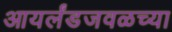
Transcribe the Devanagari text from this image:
आयर्लंडजवळच्या